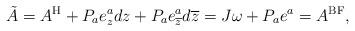
LaTeX: \begin{align*}\tilde{A} = A^{{\rm H}} + P_{a}e^{a}_{z}dz + P_{a}e^{a}_{\overline{z}}d\overline{z}=J\omega + P_{a}e^{a} = A^{{\rm BF}},\end{align*}